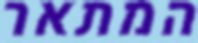
המתאר